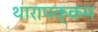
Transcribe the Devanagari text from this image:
थारापक्कम